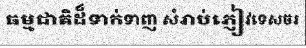
ធម្មជាតិដ៏ទាក់ទាញ សំរាប់ភ្ញៀវទេសចរ